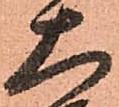
大